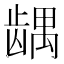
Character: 𱌹